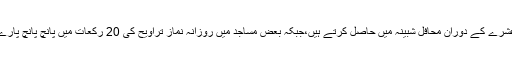
بعض لوگ ثواب کا یہ موقع رمضان کے آخری عشرے کے دوران محافل شبینہ میں حاصل کرتے ہیں،جبکہ بعض مساجد میں روزانہ نماز تراویح کی 20 رکعات میں پانچ پانچ پارے پڑھ کر گویا اپنی دانست میں فارغ ہو جاتے ہیں۔